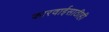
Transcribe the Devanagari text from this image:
कारवाईसाठीही